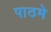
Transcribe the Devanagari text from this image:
पाठमे